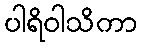
ပါရိဝါသိကာ